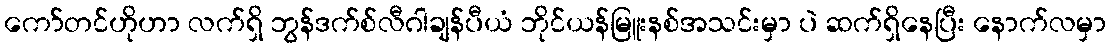
ကော်တင်ဟိုဟာ လက်ရှိ ဘွန်ဒက်စ်လီဂါချန်ပီယံ ဘိုင်ယန်မြူးနစ်အသင်းမှာ ပဲ ဆက်ရှိနေပြီး နောက်လမှာ